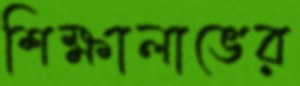
শিক্ষালাভের